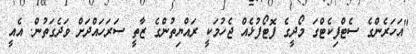
"އަހަރެންގެ ސެޓްފިކެޓްގަ މޯދީގެ ފޮޓޯފުޅެއް ޖެހުމަކީ ރައްޔިތުންގެ ޒާތީ ސަރަހައްދަށް ވަދެގަތުން. އެއީ